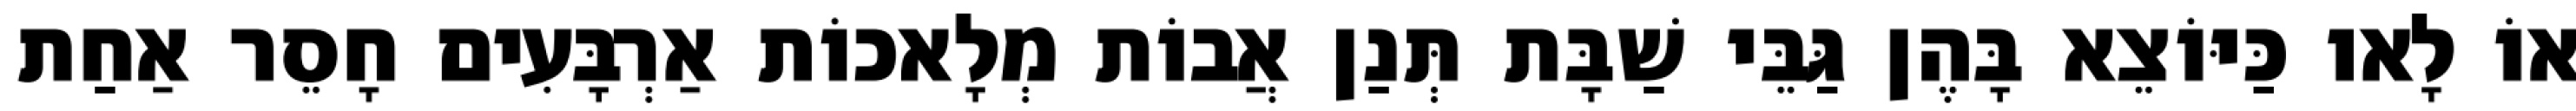
אוֹ לָאו כַּיּוֹצֵא בָּהֶן גַּבֵּי שַׁבָּת תְּנַן אֲבוֹת מְלָאכוֹת אַרְבָּעִים חָסֵר אַחַת